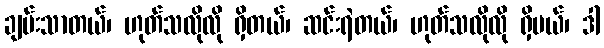
ချမ်းသာတယ်၊ ဟုတ်သလိုလို ရှိတယ်၊ ဆင်းရဲတယ်၊ ဟုတ်သလိုလို ရှိမယ်၊ ဒါ